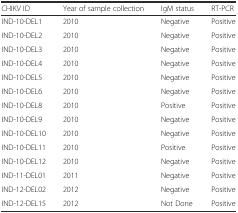
<table><thead><tr><td><b>CHIKV ID</b></td><td><b>Year of sample collection</b></td><td><b>IgM status</b></td><td><b>RT-PCR</b></td></tr></thead><tbody><tr><td>IND-10-DEL1</td><td>2010</td><td>Negative</td><td>Positive</td></tr><tr><td>IND-10-DEL2</td><td>2010</td><td>Negative</td><td>Positive</td></tr><tr><td>IND-10-DEL3</td><td>2010</td><td>Negative</td><td>Positive</td></tr><tr><td>IND-10-DEL4</td><td>2010</td><td>Negative</td><td>Positive</td></tr><tr><td>IND-10-DEL5</td><td>2010</td><td>Negative</td><td>Positive</td></tr><tr><td>IND-10-DEL6</td><td>2010</td><td>Negative</td><td>Positive</td></tr><tr><td>IND-10-DEL8</td><td>2010</td><td>Positive</td><td>Positive</td></tr><tr><td>IND-10-DEL9</td><td>2010</td><td>Negative</td><td>Positive</td></tr><tr><td>IND-10-DEL10</td><td>2010</td><td>Negative</td><td>Positive</td></tr><tr><td>IND-10-DEL11</td><td>2010</td><td>Positive</td><td>Positive</td></tr><tr><td>IND-10-DEL12</td><td>2010</td><td>Negative</td><td>Positive</td></tr><tr><td>IND-11-DEL01</td><td>2011</td><td>Negative</td><td>Positive</td></tr><tr><td>IND-12-DEL02</td><td>2012</td><td>Negative</td><td>Positive</td></tr><tr><td>IND-12-DEL15</td><td>2012</td><td>Not Done</td><td>Positive</td></tr></tbody></table>